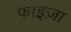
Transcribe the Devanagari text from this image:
फाइज़ा